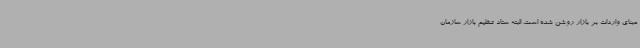
مبنای واردات بر بازار روشن شده است. البته ستاد تنظیم بازار سازمان